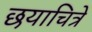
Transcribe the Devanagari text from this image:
छयाचित्रे